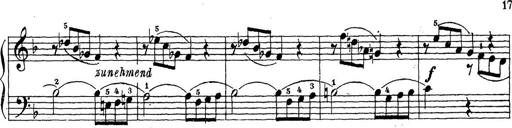
Title: 10 Sonatinas
Composer: Fritz Spindler